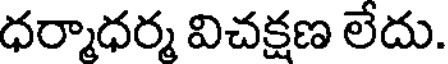
ధర్మాధర్మ విచక్షణ లేదు.